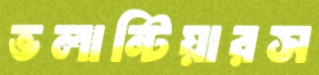
ভলান্টিয়ারস